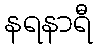
နရနာရီ